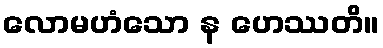
လောမဟံသော န ဟေဿတိ။